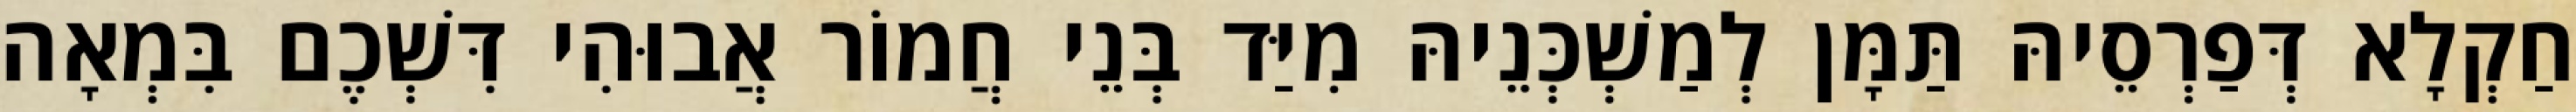
חַקְלָא דְּפַרְסֵיהּ תַּמָּן לְמַשְׁכְּנֵיהּ מִיַּד בְּנֵי חֲמוֹר אֲבוּהִי דִּשְׁכֶם בִּמְאָה